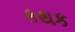
કથક